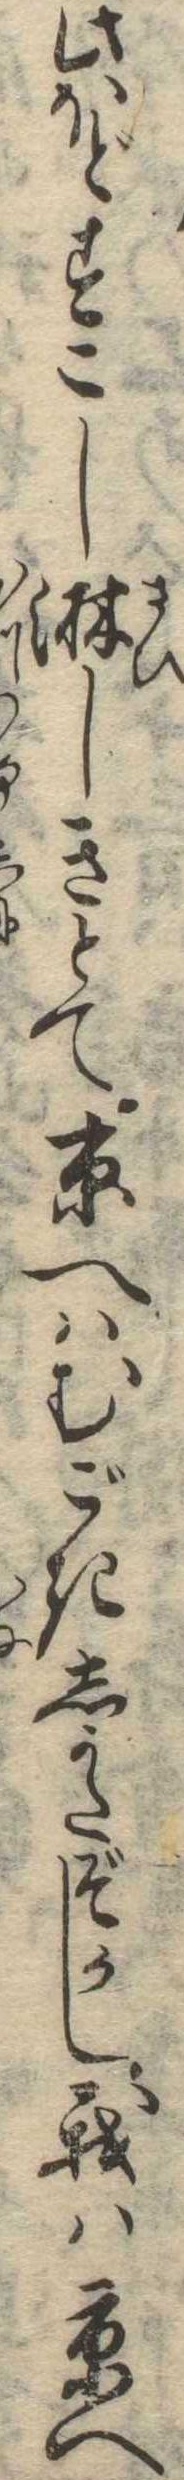
此ほどすこし淋しきとて京へはむごきしかたぞかし我は京へ